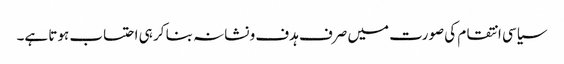
سیاسی انتقام کی صورت میں صرف ہدف و نشانہ بنا کر ہی احتساب ہوتا ہے۔